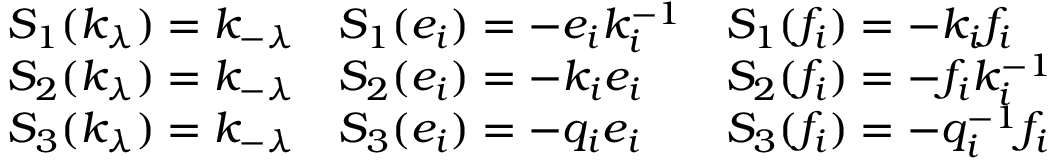
{ \begin{array} { l l l } { S _ { 1 } ( k _ { \lambda } ) = k _ { - \lambda } } & { S _ { 1 } ( e _ { i } ) = - e _ { i } k _ { i } ^ { - 1 } } & { S _ { 1 } ( f _ { i } ) = - k _ { i } f _ { i } } \\ { S _ { 2 } ( k _ { \lambda } ) = k _ { - \lambda } } & { S _ { 2 } ( e _ { i } ) = - k _ { i } e _ { i } } & { S _ { 2 } ( f _ { i } ) = - f _ { i } k _ { i } ^ { - 1 } } \\ { S _ { 3 } ( k _ { \lambda } ) = k _ { - \lambda } } & { S _ { 3 } ( e _ { i } ) = - q _ { i } e _ { i } } & { S _ { 3 } ( f _ { i } ) = - q _ { i } ^ { - 1 } f _ { i } } \end{array} }